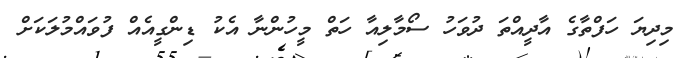
މިދިޔަ ހަފްތާގެ އާދީއްތަ ދުވަހު ސޯމާލިއާ ހަތް މީހުންނާ އެކު ޑިންގީއެއް ފުވައްމުލަކަށް